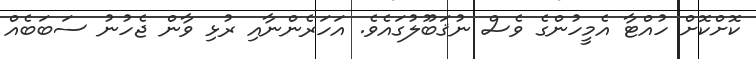
ކޮށްކޮށް ހުއްޓާ އެމީހުންގެ ވެސް ނުޤަބޫލުގައެވެ. އަހަރެންނާއި ރުޅި ވާން ޖެހުނު ސަބަބެއް